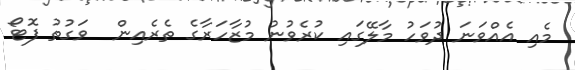
މެއި އެއްވަނަ ދުވަހު މާލޭގައި ކުރެވުނު މުޒާހަރާގެ ތެރެއިން  ވަގުތު ފޮޓޯ